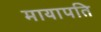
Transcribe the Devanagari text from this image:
मायापति